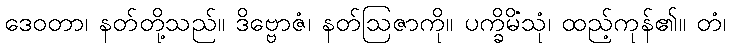
ဒေဝတာ၊ နတ်တို့သည်။ ဒိဗ္ဗောဇံ၊ နတ်ဩဇာကို။ ပက္ခိမိံသုံ၊ ထည့်ကုန်၏။ တံ၊